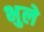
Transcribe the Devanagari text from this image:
भुले